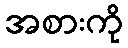
အစားကို